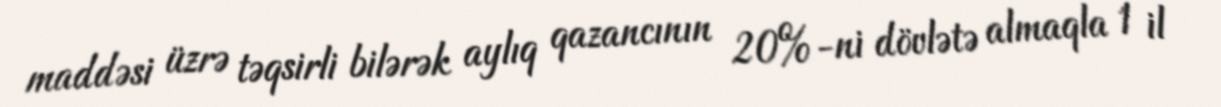
maddəsi üzrə təqsirli bilərək aylıq qazancının 20%-ni dövlətə almaqla 1 il